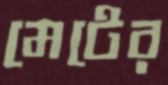
মেটের